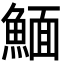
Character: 𩹠